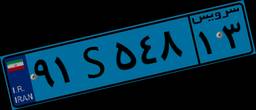
۳۱S۸۳۲۳۴